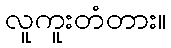
လူကူးတံတား။